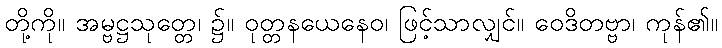
တို့ကို။ အမ္ဗဋ္ဌသုတ္တေ၊ ၌။ ဝုတ္တနယေနေဝ၊ ဖြင့်သာလျှင်။ ဝေဒိတဗ္ဗာ၊ ကုန်၏။